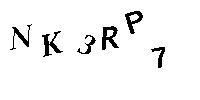
NK3RP7